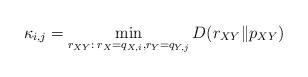
LaTeX: \begin{align*} \kappa_{i,j}&=\min_{r_{XY}:\: r_X=q_{X,i}, r_Y=q_{Y,j}}D(r_{XY}\|p_{XY})\end{align*}